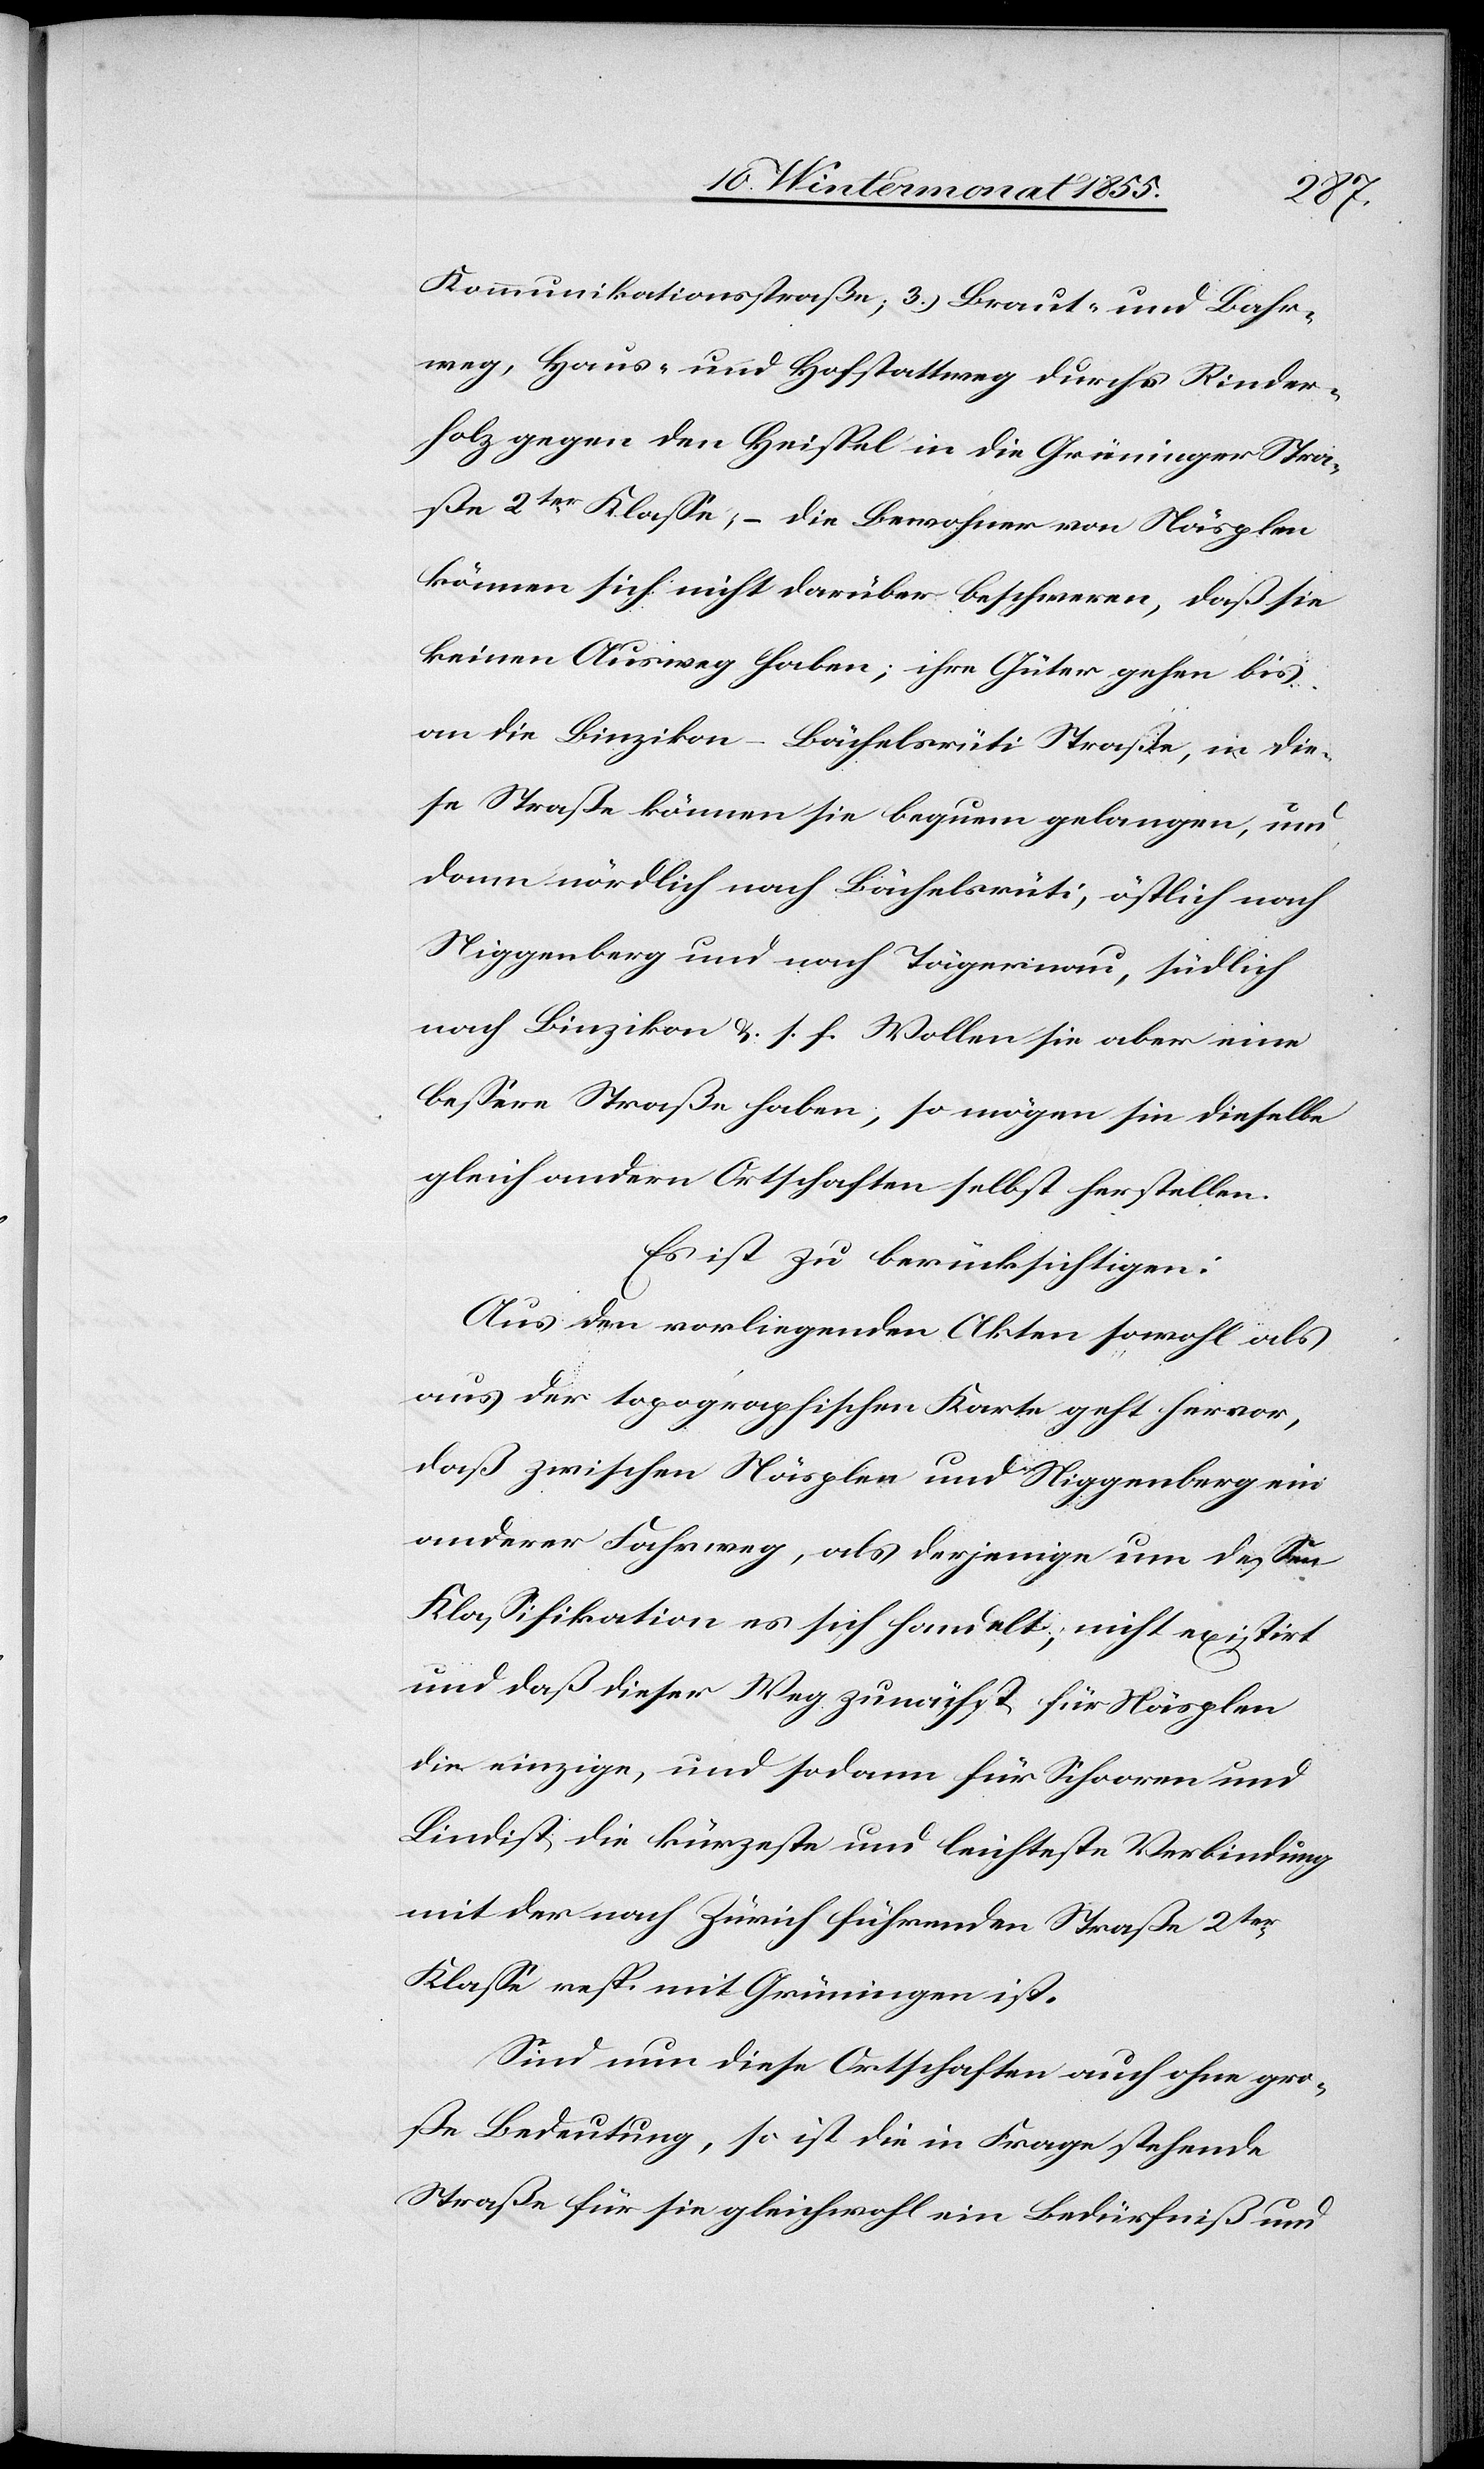
Kommunikationsstraße; 3.) Braut- und Bahr¬
weg, Haus- und Hofstattweg durchs Rinder¬
holz gegen den Heispel in die Grüninger Stra¬
ße 2ter Klasse; – die Bewohner von Näsplen
können sich nicht darüber beschweren, daß sie
keinen Ausweg haben; ihre Güter gehen bis
an die Binzikon-Bächelsrüti Straße, in die¬
se Straße können sie bequem gelangen, und
dann nördlich nach Bächelsrüti, östlich nach
Niggenberg und nach Tägernau, südlich
nach Binzikon &. s. f. Wollen sie aber eine
bessere Straße haben, so mögen sie dieselbe
gleich andern Ortschaften selbst herstellen.
Es ist zu berücksichtigen:
Aus den vorliegenden Akten sowohl als
aus der topographischen Karte geht hervor,
daß zwischen Näsplen und Niggenberg ein
anderer Fahrweg, als derjenige um dessen
Klassifikation es sich handelt, nicht existirt
und daß dieser Weg zunächst für Näsplen
die einzige, und sodann für Schooren und
Lindist die kürzeste und leichteste Verbindung
mit der nach Zürich führenden Straße 2ter
Klasse resp. mit Grüningen ist.
Sind nun diese Ortschaften auch ohne gro¬
ße Bedeutung, so ist die in Frage stehende
Straße für sie gleichwohl ein Bedürfniß und